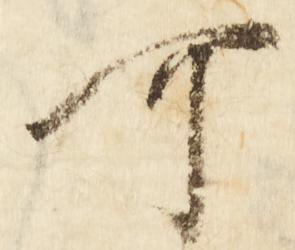
可